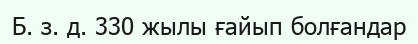
Б. з. д. 330 жылы ғайып болғандар